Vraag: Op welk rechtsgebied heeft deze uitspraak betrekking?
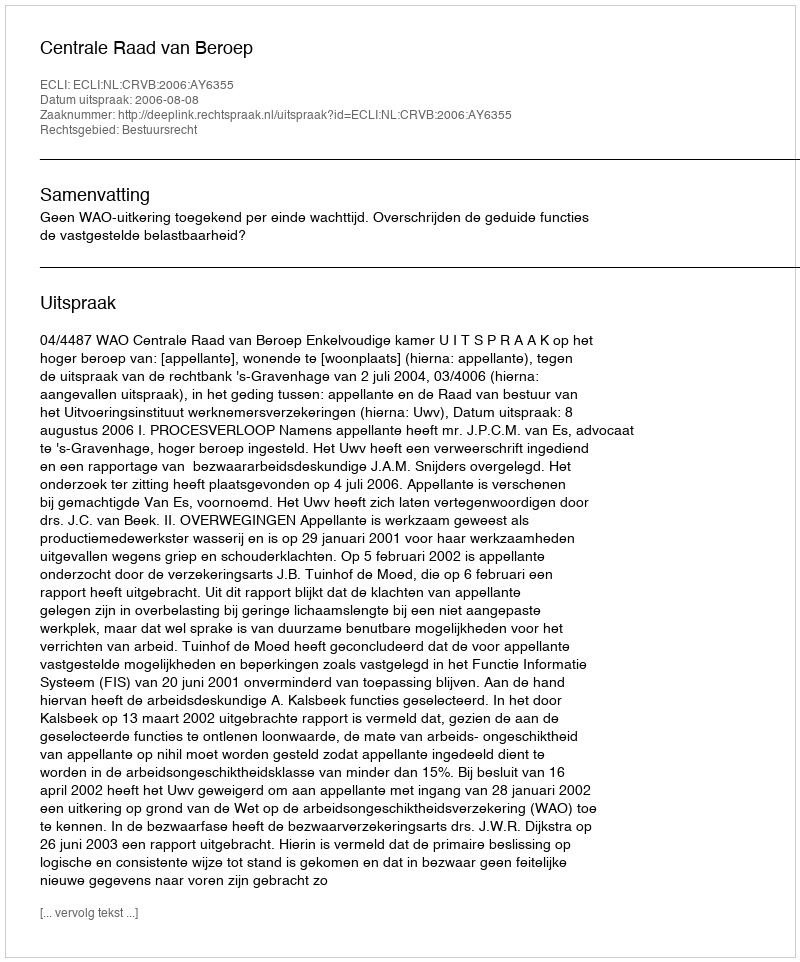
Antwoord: Bestuursrecht